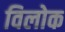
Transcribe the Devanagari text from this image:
विलोक